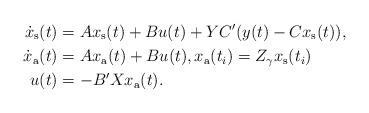
LaTeX: \begin{align*} \dot x_\text s(t)&=Ax_\text s(t)+Bu(t)+YC'(y(t)-Cx_\text s(t)), \\ \dot x_\text a(t)&=Ax_\text a(t)+Bu(t),x_\text a(t_i)=Z_\gamma x_\text s(t_i) \\ u(t)&=-B'Xx_\text a(t). \end{align*}